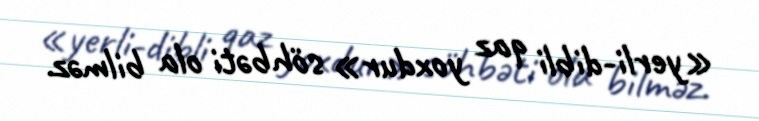
«yerli-dibli qaz yoxdur» söhbəti ola bilməz.